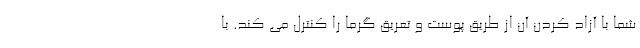
شما با آزاد کردن آن از طریق پوست و تعریق گرما را کنترل می کند. با